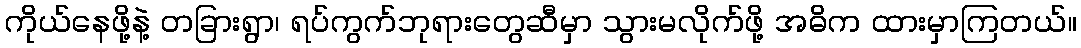
ကိုယ်နေဖို့နဲ့ တခြားရွာ၊ ရပ်ကွက်ဘုရားတွေဆီမှာ သွားမလိုက်ဖို့ အဓိက ထားမှာကြတယ်။